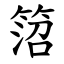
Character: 䈃